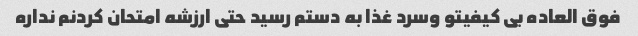
فوق العاده بی کیفیتو وسرد غذا به دستم رسید حتی ارزشه امتحان کردنم نداره